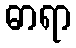
ဓာရာ